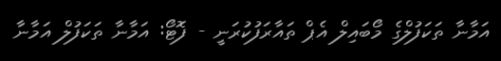
އަމާނާ ތަކަފުލްގެ މޯބައިލް އެޕް ތައާރަފުކުރަނީ - ފޮޓޯ: އަމާނާ ތަކަފުލް އަމާނާ